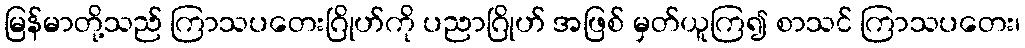
မြန်မာတို့သည် ကြာသပတေးဂြိုဟ်ကို ပညာဂြိုဟ် အဖြစ် မှတ်ယူကြ၍ စာသင် ကြာသပတေး၊